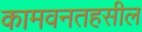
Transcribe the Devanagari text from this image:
कामवनतहसील